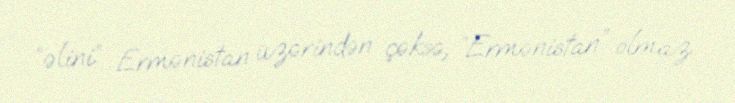
“əlini” Ermənistan üzərindən çəksə, “Ermənistan” olmaz.